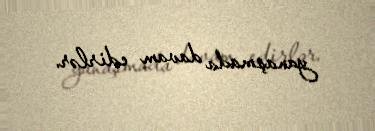
yanaşmada davam edirlər.